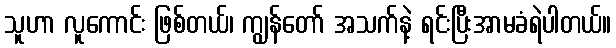
သူဟာ လူကောင်း ဖြစ်တယ်၊ ကျွန်တော် အသက်နဲ့ ရင်းပြီးအာမခံရဲပါတယ်။